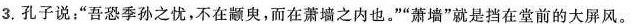
3.孔子说：”吾恐季孙之忧，不在颛臾，而在萧墙之内也。””萧墙”就是挡在堂前的大屏风。